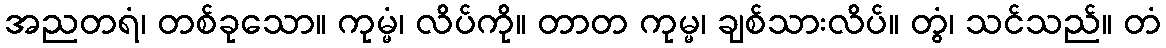
အညတရံ၊ တစ်ခုသော။ ကုမ္မံ၊ လိပ်ကို။ တာတ ကုမ္မ၊ ချစ်သားလိပ်။ တွံ၊ သင်သည်။ တံ